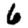
Digit: 6